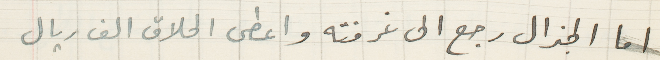
اما الجنرال رجع الى غرفته واعطى الحلاق الف ريال